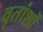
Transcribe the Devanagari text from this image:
वृतांशों